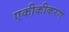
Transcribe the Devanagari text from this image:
एकीकीकरण